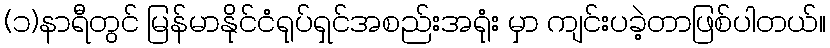
(၁)နာရီတွင် မြန်မာနိုင်ငံရုပ်ရှင်အစည်းအရုံး မှာ ကျင်းပခဲ့တာဖြစ်ပါတယ်။